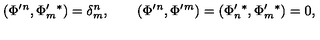
( \Phi ^ { \prime } { } ^ { n } , \Phi _ { m } ^ { \prime } { } ^ { * } ) = \delta _ { m } ^ { n } , \qquad ( \Phi ^ { \prime } { } ^ { n } , \Phi ^ { \prime } { } ^ { m } ) = ( \Phi _ { n } ^ { \prime } { } ^ { * } , \Phi _ { m } ^ { \prime } { } ^ { * } ) = 0 ,